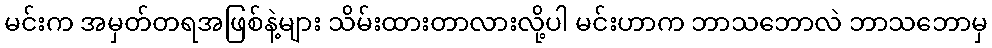
မင်းက အမှတ်တရအဖြစ်နဲ့များ သိမ်းထားတာလားလို့ပါ မင်းဟာက ဘာသဘောလဲ ဘာသဘောမှ